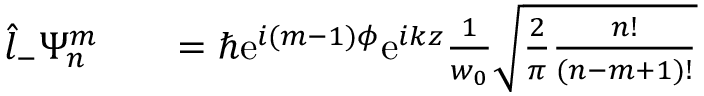
\begin{array} { r l r } { \hat { l } _ { - } \Psi _ { n } ^ { m } } & { { } } & { = \hbar \mathrm { e } ^ { i ( m - 1 ) \phi } \mathrm { e } ^ { i k z } \frac { 1 } { w _ { 0 } } \sqrt { \frac { 2 } { \pi } \frac { n ! } { ( n - m + 1 ) ! } } } \end{array}